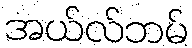
အယ်လ်ဘမ်